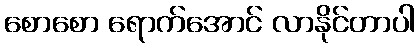
စောစော ရောက်အောင် လာနိုင်တာပါ